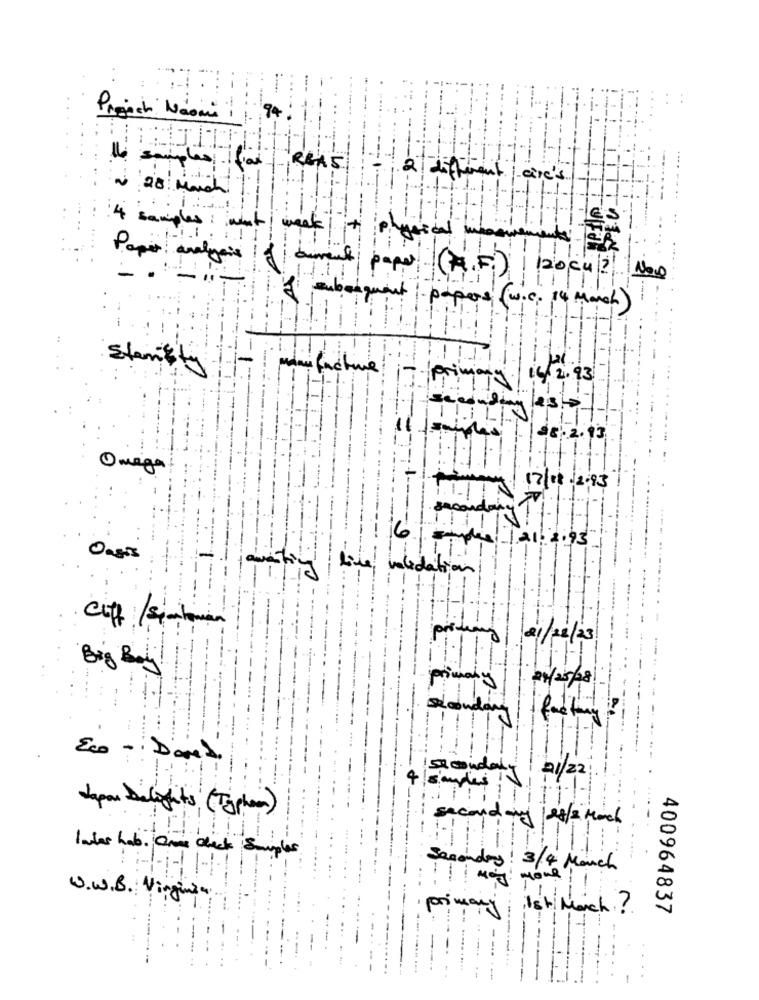
Prooch Naomi : 1 94
the samples fal -REAS
2 different cire's
0 28 Much
1111
4 samples : what ! week
LES
Paper analysis
.. 1.1
120 cu ? NOW
papiers (w.c. 14 Manch)
starcity
Primary/ 16/ 2.93
38.2.13
Omega
17/08 /2.93
1.21/ 2.93
Oasis
validation
awaiting
pride
21/22/23
Big Boy!
21/25/48
seconda
Eco - Dans
secondary 21/2
4 sudes
Japan Delights ( Typhoon )
secondary/ es / 2 March
Inder hab . Come clack Simples
-i -!
Secondary! 3/4 March
W. W. B. Virginia
primary ist mach ?
400964837